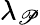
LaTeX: \lambda_{\mathscr{P}}